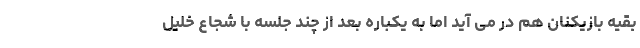
بقیه بازیکنان هم در می آید اما به یکباره بعد از چند جلسه با شجاع خلیل